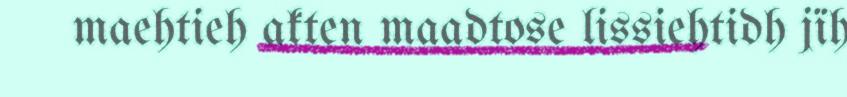
maehtieh akten maadtose lissiehtidh jïh